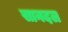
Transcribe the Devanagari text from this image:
सानदल